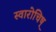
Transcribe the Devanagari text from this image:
स्वारोचिष्‌